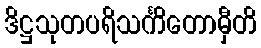
ဒိဋ္ဌသုတပရိသင်္ကိတောမှီတိ